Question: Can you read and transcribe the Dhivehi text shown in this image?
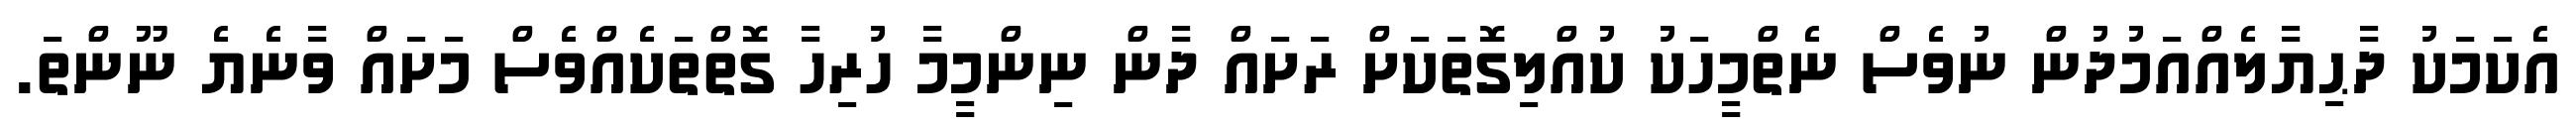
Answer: އެކަމަކު ދާޙިޔާލެއްއަމުދުން ނުވެސް ނެތްމީހަކު ކުއްލިގޮތަކަށް ރަށައް ދާން ނިންމީމާ ހުރިހާ ގޮތްތަކެއްވެސް މަށައް ވާނެޔެ ނޫންތަ.